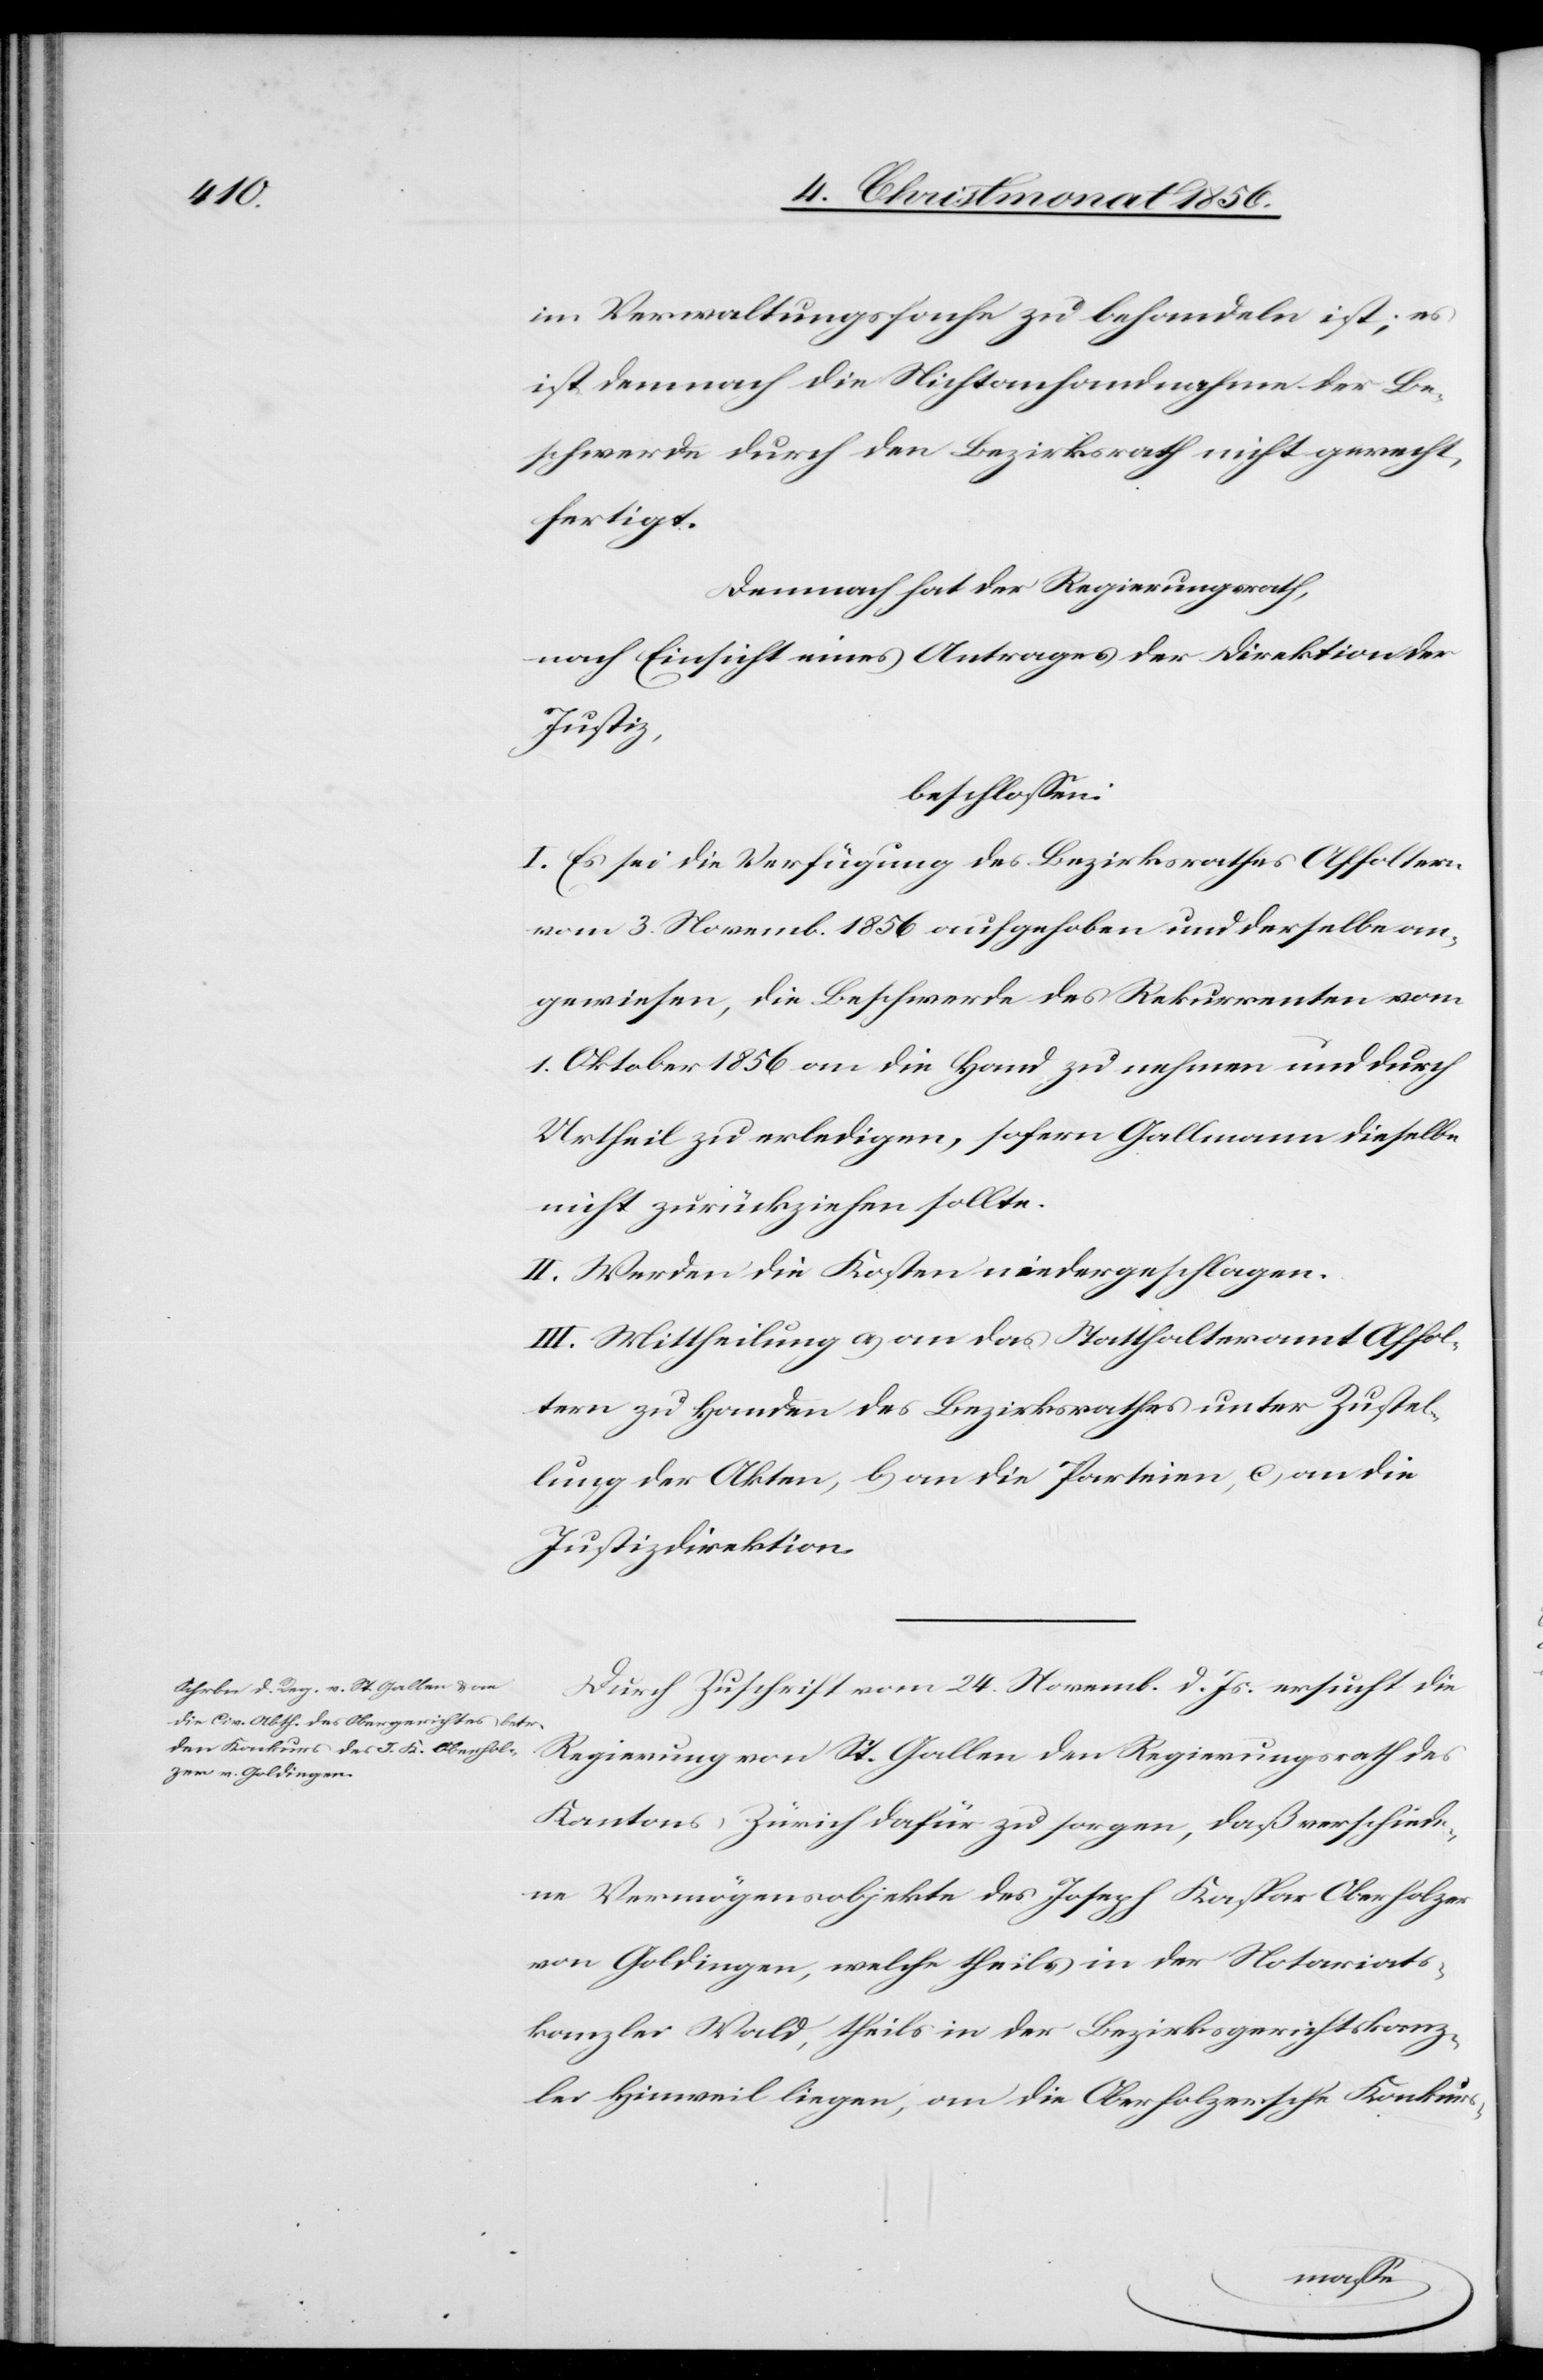
im Verwaltungsfache zu behandeln ist; es
ist demnach die Nichtanhandnahme der Be¬
schwerde durch den Bezirksrath nicht gerecht¬
fertigt.
Demnach hat der Regierungsrath,
nach Einsicht eines Antrages der Direktion der
Justiz,
beschlossen:
I. Es sei die Verfügung des Bezirksrathes Affoltern
vom 3. Novemb. 1856 aufgehoben und derselbe an¬
gewiesen, die Beschwerde des Rekurrenten vom
1. Oktober 1856 an die Hand zu nehmen und durch
Urtheil zu erledigen, sofern Gallmann dieselbe
nicht zurückziehen sollte.
II. Werden die Kosten niedergeschlagen.
III. Mittheilung a) an das Statthalteramt Affol¬
tern zu Handen des Bezirksrathes unter Zustel¬
lung der Akten, b) an die Parteien, c) an die
Justizdirektion.
Durch Zuschrift vom 24. Novemb. d. Js. ersucht die
Regierung von St. Gallen den Regierungsrath des
Kantons Zürich dafür zu sorgen, daß verschiede¬
ne Vermögensobjekte des Joseph Kaspar Oberholzer
von Goldingen, welche theils in der Notariats¬
kanzlei Wald, theils in der Bezirksgerichtskanz¬
lei Hinweil liegen, an die Oberholzersche Konkurs-